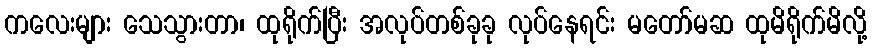
ကလေးများ သေသွားတာ၊ ထုရိုက်ပြီး အလုပ်တစ်ခုခု လုပ်နေရင်း မတော်မဆ ထုမိရိုက်မိလို့